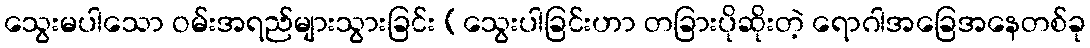
သွေးမပါသော ဝမ်းအရည်များသွားခြင်း (သွေးပါခြင်းဟာ တခြားပိုဆိုးတဲ့ ရောဂါအခြေအနေတစ်ခု